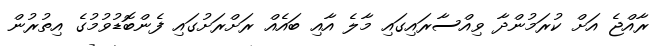
ރާއްޖެ އަށް ކުރަމުންދާ ވިއްސާރައިގައި މާލެ އާއި ބައެއް ރަށްރަށުގައި ފެންބޮޑުވުމުގެ އިތުރުން